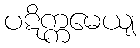
ပဋိက္ကမေယျ